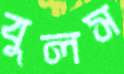
বুলস